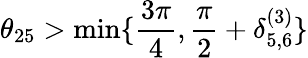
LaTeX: \theta_{25}>\operatorname*{min}\{ \frac{3\pi}{4},\frac{\pi}{2}+\delta_{5,6}^{(3)}\}